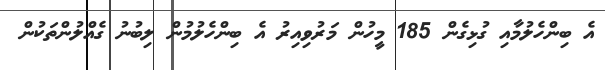
އެ ބިންހެލުމާއި ގުޅިގެން 185 މީހުން މަރުވިއިރު އެ ބިންހެލުމުން ލިބުނު ގެއްލުންތަކުން